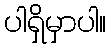
ပါရှိမှာပါ။